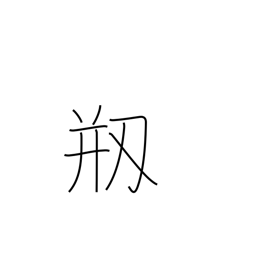
Meaning: be damaged